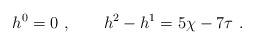
LaTeX: \begin{align*}h^0 = 0 \ ,\qquad h^2-h^1 = 5 \chi - 7 \tau \ . \end{align*}